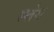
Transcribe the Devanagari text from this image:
स्प्लेश